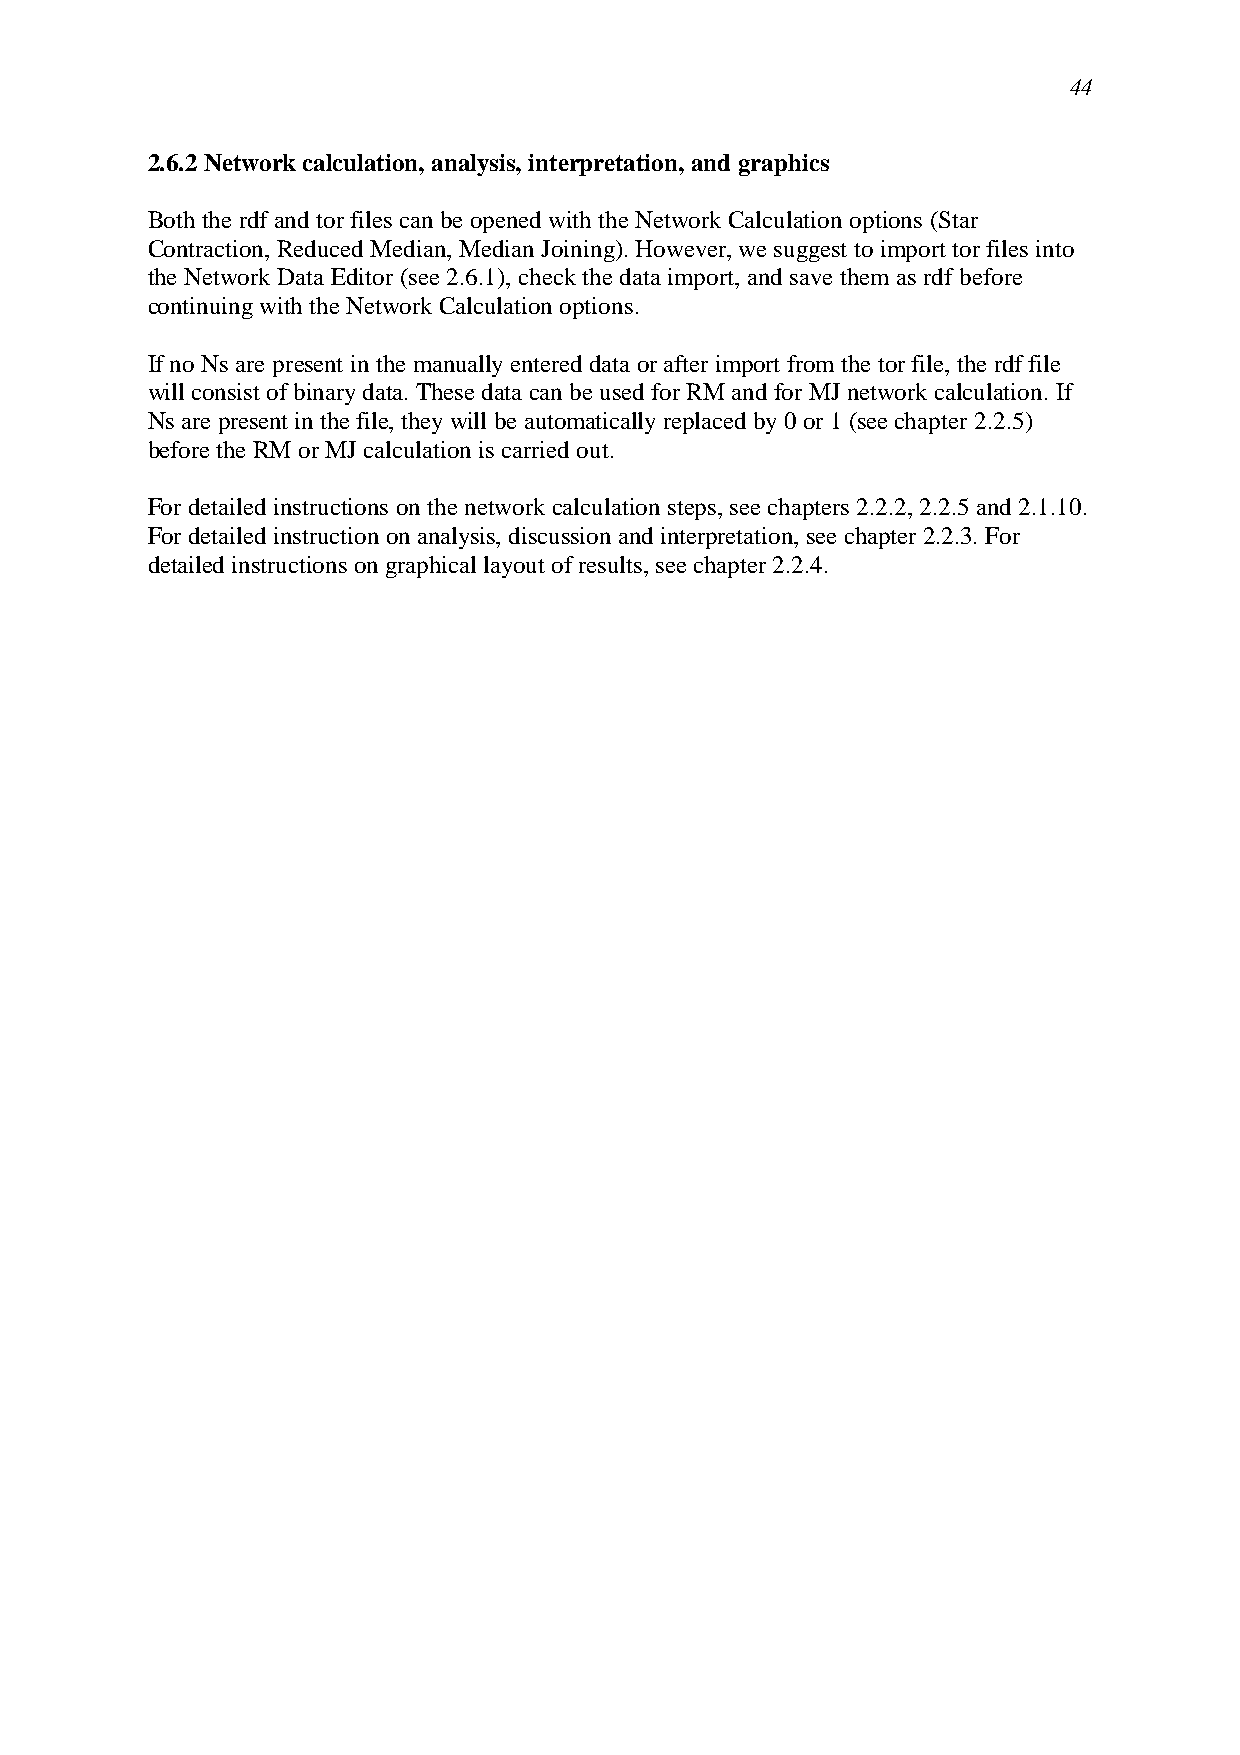
44
 2.6.2 Network calculation, analysis, interpretation, and graphics
 Both the rdf and tor files can be opened with the Network Calculation options (Star
 Contraction, Reduced Median, Median Joining). However, we suggest to import tor files into
 the Network Data Editor (see 2.6.1), check the data import, and save them as rdf before
 continuing with the Network Calculation options.
 If no Ns are present in the manually entered data or after import from the tor file, the rdf file
 will consist of binary data. These data can be used for RM and for MJ network calculation. If
 Ns are present in the file, they will be automatically replaced by 0 or 1 (see chapter 2.2.5)
 before the RM or MJ calculation is carried out.
 For detailed instructions on the network calculation steps, see chapters 2.2.2, 2.2.5 and 2.1.10.
 For detailed instruction on analysis, discussion and interpretation, see chapter 2.2.3. For
 detailed instructions on graphical layout of results, see chapter 2.2.4.